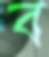
ব